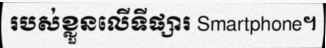
របស់ខ្លួនលើទីផ្សារ Smartphone។